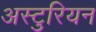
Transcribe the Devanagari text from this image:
अस्टुरियन